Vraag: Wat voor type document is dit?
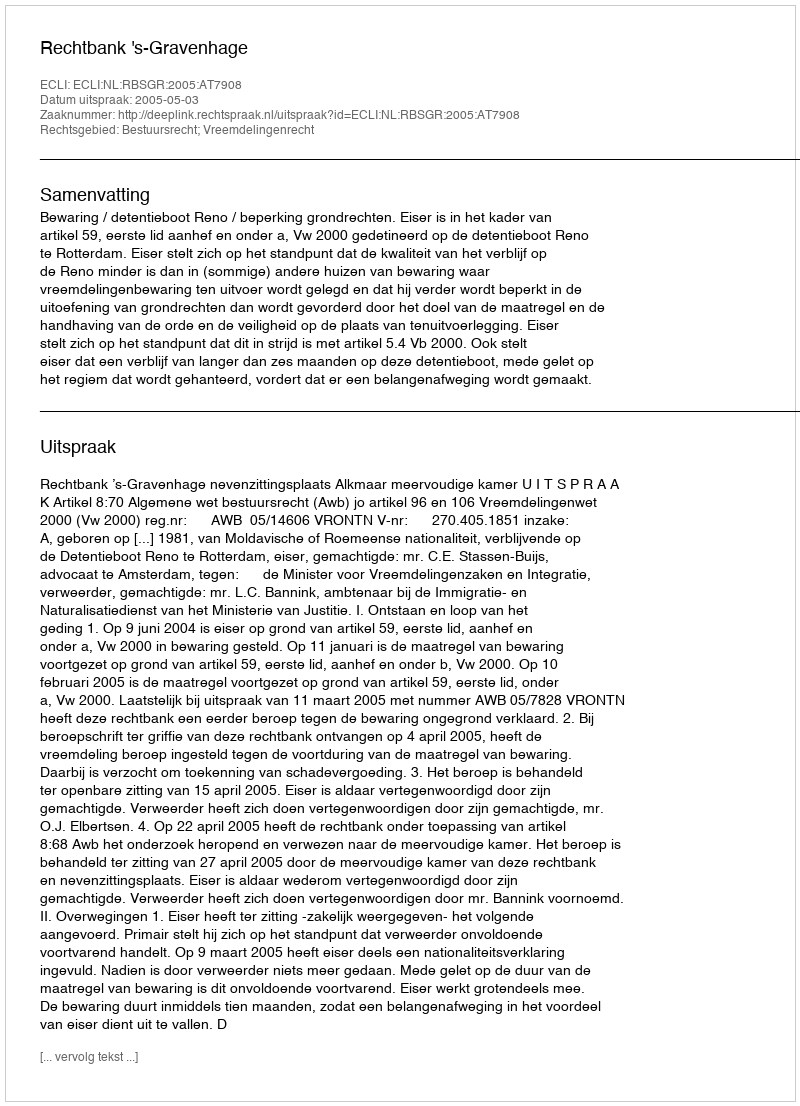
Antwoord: Uitspraak